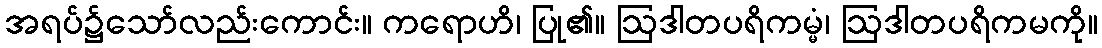
အရပ်၌သော်လည်းကောင်း။ ကရောဟိ၊ ပြု၏။ ဩဒါတပရိကမ္မံ၊ ဩဒါတပရိကမကို။